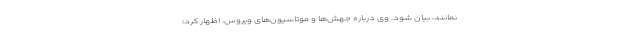
نمانند، بیان شود. وی درباره جهش‌ها و موتاسیون‌های ویروس، اظهار کرد: